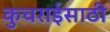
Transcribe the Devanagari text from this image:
कुचराईसाठी